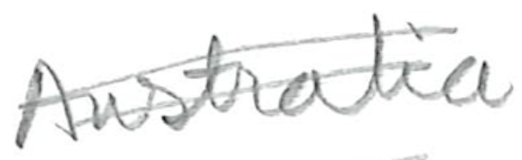
Text: Australia
Cross-out: double-line
Writing tool: pencil